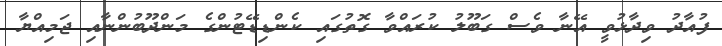
ފުއާދު ވިދާޅުވީ އޭނާ ވެސް ގަބޫލު ކުރައްވާ ގޮތުގައި ކެންޑިޑޭޓުންގެ މަންދޫބުންނާއި ޖަމިއްޔާ